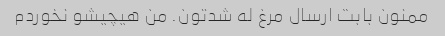
ممنون بابت ارسال مرغ له شدتون. من هیچیشو نخوردم